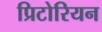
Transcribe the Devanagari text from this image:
प्रिटोरियन